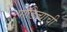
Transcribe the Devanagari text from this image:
पांडित्याची